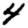
Digit: 4